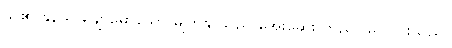
သူ၏ နုနယ် ချောမောသော မျက်နှာသည် အေးဆေး တည်ငြိမ် သွားသည်။